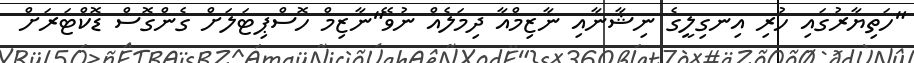
"ހަތިޔާރުގައި ހުރި އިނގިލީގެ ނިޝާނާއި ނާޒިމްއާ ދިމަލެއް ނުވޭ"ނާޒިމް ހޮސްޕިޓަލަށް ގެންގޮސް ޑޮކްޓަރަށް